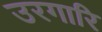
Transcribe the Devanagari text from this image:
उरगारि